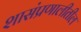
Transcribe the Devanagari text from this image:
शासंप्रणालीतील